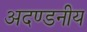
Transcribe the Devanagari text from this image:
अदण्डनीय